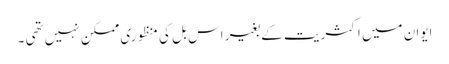
ایوان میں اکثریت کے بغیر اس بل کی منظوری ممکن نہیں تھی ۔